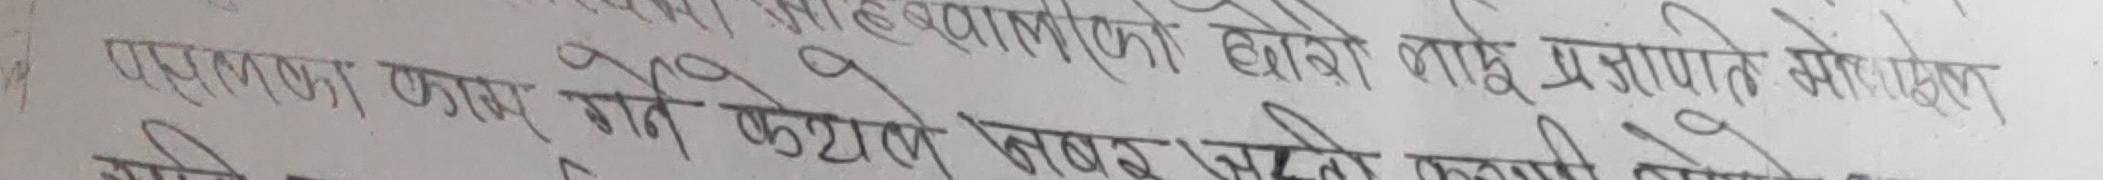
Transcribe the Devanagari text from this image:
प्रशासनात्मक काम गर्ने कर्मचारीलाई प्रशासित खेताला